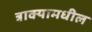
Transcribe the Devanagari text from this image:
त्राक्यामधील